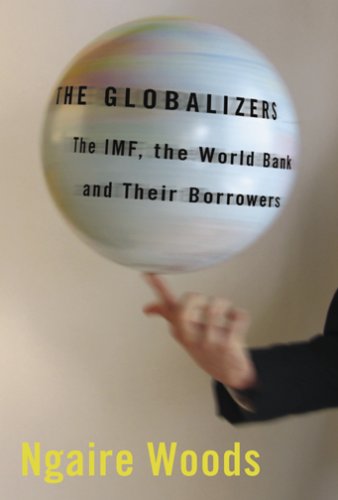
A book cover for The Globalizers: The IMF, the World Bank, and Their Borrowers (Cornell Studies in Money); Ngaire Woods; Business & Money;